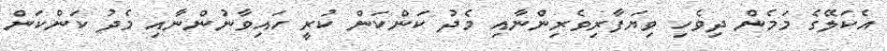
އެކަލޭގެ މަމެން ދިވެހި ވިޔަފާރިވެރިންނާއި މެދު ކަންކަން ކުރީ ހައިވާނުންނާއި މެދު ކަންކަން